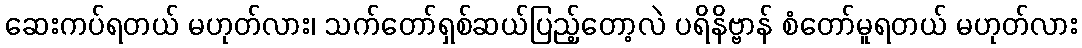
ဆေးကပ်ရတယ် မဟုတ်လား၊ သက်တော်ရှစ်ဆယ်ပြည့်တော့လဲ ပရိနိဗ္ဗာန် စံတော်မူရတယ် မဟုတ်လား